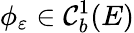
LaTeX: \phi_{\varepsilon}\in\mathcal{C}_{b}^{1}(E)